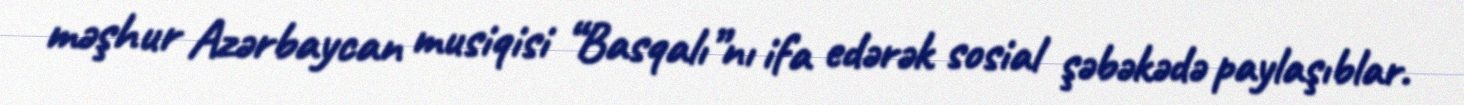
məşhur Azərbaycan musiqisi “Basqalı”nı ifa edərək sosial şəbəkədə paylaşıblar.